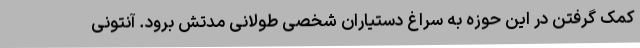
کمک گرفتن در این حوزه به سراغ دستیاران شخصی طولانی مدتش برود. آنتونی